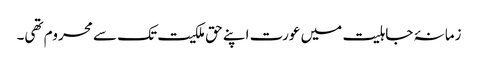
زمانۂ جاہلیت میں عورت اپنے حق ملکیت تک سے محروم تھی۔